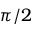
\pi / 2